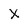
Character: X